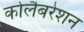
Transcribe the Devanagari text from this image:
कोलैबरेशन